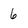
Character: 6